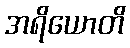
အရိယောတိ